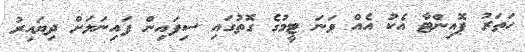
ހަތަރު ޕޮއިންޓާ އެކު އެއް ވަނަ ޓީމުގެ ގޮތުގައި ސިފައިން ފައިނަލަށް ދިޔައިރު